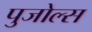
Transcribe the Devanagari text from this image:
पुजोल्स